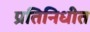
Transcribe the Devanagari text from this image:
प्रतिनिधीत